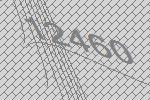
12460